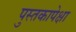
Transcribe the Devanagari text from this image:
पुस्तकापेक्षा